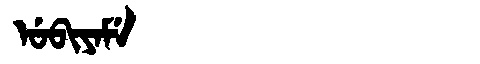
Manchu: ᡠᠪᡳᠶᠠᠮᡝ
Romanization: UBIYAME